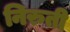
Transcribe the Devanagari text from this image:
निरुती